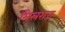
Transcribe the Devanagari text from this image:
मिस्रराज